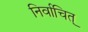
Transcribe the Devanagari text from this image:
निर्वाचित्